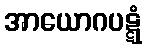
အာယောဂပဋ္ဋံ